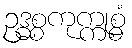
ဥဒ္ဓစ္စကုက္ကုစ္စံ